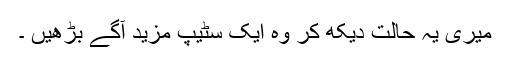
میری یہ حالت دیکھ کر وہ ایک سٹیپ مزید آگے بڑھیں ۔